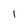
Character: 1